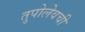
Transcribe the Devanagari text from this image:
तुपोलेवची